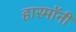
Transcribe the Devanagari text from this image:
हारमॉनी